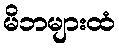
မိဘများထံ